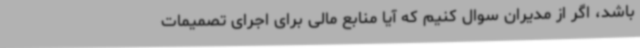
باشد، اگر از مدیران سوال کنیم که آیا منابع مالی برای اجرای تصمیمات